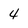
Character: 4